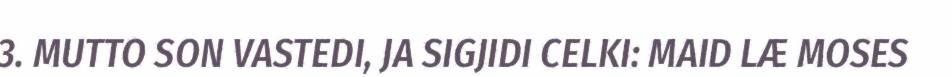
3. MUTTO SON VASTEDI, JA SIGJIDI CELKI: MAID LÆ MOSES